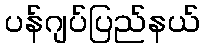
ပန်ဂျပ်ပြည်နယ်